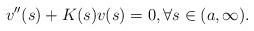
LaTeX: \begin{align*} v''(s) + K(s)v(s) = 0, \forall s \in (a, \infty).\end{align*}